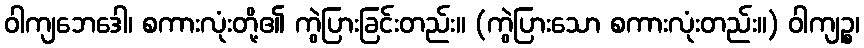
ဝါကျဘေဒေါ၊ စကားလုံးတို့၏ ကွဲပြားခြင်းတည်း။ (ကွဲပြားသော စကားလုံးတည်း။) ဝါကျဉ္စ၊